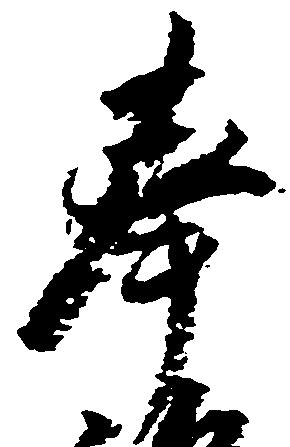
奉